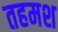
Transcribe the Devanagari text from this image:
तहमश